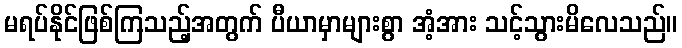
မရပ်နိုင်ဖြစ်ကြသည့်အတွက် ပီယာမှာများစွာ အံ့အား သင့်သွားမိလေသည်။